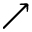
\nearrow